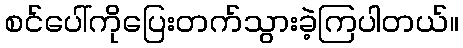
စင်ပေါ်ကိုပြေးတက်သွားခဲ့ကြပါတယ်။